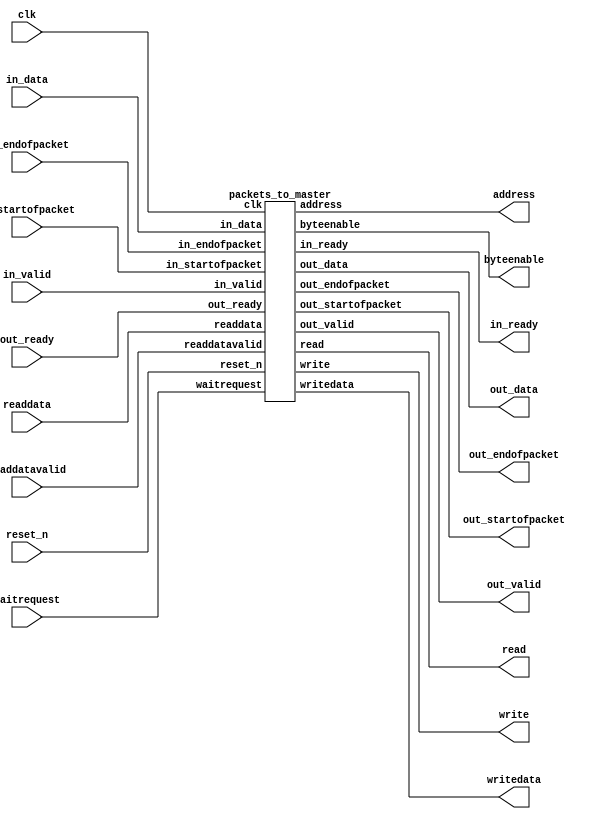
// --------------------------------------------------------------------------------
//| Avalon ST Packets to MM Master Transaction Component
// --------------------------------------------------------------------------------

`timescale 1ns / 100ps
// --------------------------------------------------------------------------------
//| Fast Transaction Master
// --------------------------------------------------------------------------------
module altera_avalon_packets_to_master (
    // Interface: clk
      input wire             clk,
      input wire             reset_n,
      // Interface: ST in
      output wire         in_ready,
      input  wire         in_valid,
      input  wire [ 7: 0] in_data,
      input  wire         in_startofpacket,
      input  wire         in_endofpacket,

      // Interface: ST out 
      input  wire         out_ready,
      output wire         out_valid,
      output wire [ 7: 0] out_data,
      output wire         out_startofpacket,
      output wire         out_endofpacket,

      // Interface: MM out
      output wire [31: 0] address,
      input  wire [31: 0] readdata,
      output wire         read,
      output wire         write,
      output wire [ 3: 0] byteenable,
      output wire [31: 0] writedata,
      input  wire         waitrequest,
      input  wire         readdatavalid
);

    wire [ 35: 0] fifo_readdata;
    wire          fifo_read;
    wire          fifo_empty;
    wire [ 35: 0] fifo_writedata;
    wire          fifo_write;
    wire          fifo_write_waitrequest;
    
   // ---------------------------------------------------------------------
   //| Parameter Declarations
   // ---------------------------------------------------------------------
   parameter EXPORT_MASTER_SIGNALS = 0;
   parameter FIFO_DEPTHS           = 2;
   parameter FIFO_WIDTHU           = 1;
   parameter FAST_VER              = 0;
   
   generate
       if (FAST_VER) begin
            packets_to_fifo p2f (
                .clk                 (clk),
                .reset_n             (reset_n),
                .in_ready            (in_ready),
                .in_valid            (in_valid),
                .in_data             (in_data),
                .in_startofpacket    (in_startofpacket),
                .in_endofpacket      (in_endofpacket),
                .address             (address),
                .readdata            (readdata),
                .read                (read),
                .write               (write),
                .byteenable          (byteenable),
                .writedata           (writedata),
                .waitrequest         (waitrequest),
                .readdatavalid       (readdatavalid),
                .fifo_writedata      (fifo_writedata),
                .fifo_write          (fifo_write),
                .fifo_write_waitrequest (fifo_write_waitrequest)
            );
            
            fifo_to_packet f2p (
                .clk                 (clk),
                .reset_n             (reset_n),
                .out_ready           (out_ready),
                .out_valid           (out_valid),
                .out_data            (out_data),
                .out_startofpacket   (out_startofpacket),
                .out_endofpacket     (out_endofpacket),
                .fifo_readdata       (fifo_readdata),
                .fifo_read           (fifo_read),
                .fifo_empty          (fifo_empty)
            );
            
            fifo_buffer #(
                .FIFO_DEPTHS(FIFO_DEPTHS),
                .FIFO_WIDTHU(FIFO_WIDTHU)
            ) fb (
                .wrclock                          (clk),
                .reset_n                          (reset_n),
                .avalonmm_write_slave_writedata   (fifo_writedata),  
                .avalonmm_write_slave_write       (fifo_write),      
                .avalonmm_write_slave_waitrequest (fifo_write_waitrequest),
                .avalonmm_read_slave_readdata     (fifo_readdata),  
                .avalonmm_read_slave_read         (fifo_read),      
                .avalonmm_read_slave_waitrequest  (fifo_empty)
            );
       end else begin
           packets_to_master p2m (
                .clk                 (clk),
                .reset_n             (reset_n),
                .in_ready            (in_ready),
                .in_valid            (in_valid),
                .in_data             (in_data),
                .in_startofpacket    (in_startofpacket),
                .in_endofpacket      (in_endofpacket),
                .address             (address),
                .readdata            (readdata),
                .read                (read),
                .write               (write),
                .byteenable          (byteenable),
                .writedata           (writedata),
                .waitrequest         (waitrequest),
                .readdatavalid       (readdatavalid),
                .out_ready           (out_ready),
                .out_valid           (out_valid),
                .out_data            (out_data),
                .out_startofpacket   (out_startofpacket),
                .out_endofpacket     (out_endofpacket)
            );
       end
   endgenerate
endmodule

module packets_to_fifo (

      // Interface: clk
      input              clk,
      input              reset_n,
      // Interface: ST in
      output reg         in_ready,
      input              in_valid,
      input      [ 7: 0] in_data,
      input              in_startofpacket,
      input              in_endofpacket,

      // Interface: MM out
      output reg [31: 0] address,
      input      [31: 0] readdata,
      output reg         read,
      output reg         write,
      output reg [ 3: 0] byteenable,
      output reg [31: 0] writedata,
      input              waitrequest,
      input              readdatavalid,
      
      // Interface: FIFO
      // FIFO data format:
      // | sop, eop, [1:0]valid, [31:0]data |
      output reg [ 35: 0] fifo_writedata,
      output reg        fifo_write,
      input wire        fifo_write_waitrequest
);

   // ---------------------------------------------------------------------
   //| Command Declarations
   // ---------------------------------------------------------------------
   localparam CMD_WRITE_NON_INCR = 8'h00;
   localparam CMD_WRITE_INCR     = 8'h04;
   localparam CMD_READ_NON_INCR  = 8'h10;
   localparam CMD_READ_INCR      = 8'h14;
   
   // ---------------------------------------------------------------------
   //| Signal Declarations
   // ---------------------------------------------------------------------

   reg  [ 3: 0]  state;
   reg  [ 7: 0]  command;
   reg  [ 1: 0]  current_byte, byte_avail;
   reg  [ 15: 0] counter;
   reg  [ 31: 0] read_data_buffer;
   reg  [ 31: 0] fifo_data_buffer;
   reg           in_ready_0;
   reg           first_trans, last_trans, fifo_sop;
   reg  [ 3: 0]  unshifted_byteenable;
   wire enable;

   localparam READY           = 4'b0000,
              GET_EXTRA       = 4'b0001,
              GET_SIZE1       = 4'b0010,
              GET_SIZE2       = 4'b0011,
              GET_ADDR1       = 4'b0100,
              GET_ADDR2       = 4'b0101,
              GET_ADDR3       = 4'b0110,
              GET_ADDR4       = 4'b0111,
              GET_WRITE_DATA  = 4'b1000,
              WRITE_WAIT      = 4'b1001,
              READ_ASSERT     = 4'b1010,
              READ_CMD_WAIT   = 4'b1011,
              READ_DATA_WAIT  = 4'b1100,
              PUSH_FIFO       = 4'b1101,
              PUSH_FIFO_WAIT  = 4'b1110,
              FIFO_CMD_WAIT   = 4'b1111;
   // ---------------------------------------------------------------------
   //| Thingofamagick
   // ---------------------------------------------------------------------

   assign enable = (in_ready & in_valid);

   always @* begin
      in_ready = in_ready_0;      
   end
   
   always @(posedge clk or negedge reset_n) begin
      if (!reset_n) begin
            in_ready_0          <= 1'b0;
            fifo_writedata      <=  'b0;
            fifo_write          <= 1'b0;
            fifo_sop            <= 1'b0;
            read                <= 1'b0;
            write               <= 1'b0;
            byteenable          <=  'b0;
            writedata           <=  'b0;
            address             <=  'b0;
            counter             <=  'b0;
            command             <=  'b0;
            first_trans         <= 1'b0;
            last_trans          <= 1'b0;
            state               <=  'b0;
            current_byte        <=  'b0;
            read_data_buffer    <=  'b0;
            unshifted_byteenable <= 'b0;
            byte_avail          <=  'b0;
            fifo_data_buffer    <=  'b0;
      end else begin
            address[1:0]      <= 'b0;
            in_ready_0 <= 1'b0;
            
            if (counter > 3)       unshifted_byteenable <= 4'b1111;
            else if (counter == 3) unshifted_byteenable <= 4'b0111;
            else if (counter == 2) unshifted_byteenable <= 4'b0011;
            else if (counter == 1) unshifted_byteenable <= 4'b0001;

            case (state)
              READY : begin
                   in_ready_0        <= !fifo_write_waitrequest;
                   fifo_write        <= 1'b0;
              end
              GET_EXTRA : begin
                   in_ready_0        <= 1'b1;
                   byteenable        <=  'b0;
                   if (enable) state <= GET_SIZE1;
              end

              GET_SIZE1 : begin
                   in_ready_0        <= 1'b1;
                   //load counter on reads only
                   counter[15:8]     <= command[4]?in_data:8'b0;
                   if (enable) state <= GET_SIZE2;
              end

              GET_SIZE2 : begin
                   in_ready_0        <= 1'b1;
                   //load counter on reads only
                   counter[7:0]      <= command[4]?in_data:8'b0;
                   if (enable) state <= GET_ADDR1;
              end
              
              GET_ADDR1 : begin
                in_ready_0        <= 1'b1;
                first_trans       <= 1'b1;
                last_trans        <= 1'b0;
                address[31:24]    <= in_data;
                if (enable) state <= GET_ADDR2;
              end

              GET_ADDR2 : begin
                in_ready_0        <= 1'b1;
                address[23:16]    <= in_data;
                if (enable) state <= GET_ADDR3;
              end

              GET_ADDR3 : begin
                in_ready_0        <= 1'b1;
                address[15:8]     <= in_data;
                if (enable) state <= GET_ADDR4;
              end

              GET_ADDR4 : begin
                in_ready_0        <= 1'b1;
                address[7:2]      <= in_data[7:2];
                current_byte      <= in_data[1:0];
                if (enable) begin
                      if (command == CMD_WRITE_NON_INCR | command == CMD_WRITE_INCR) begin
                        state <= GET_WRITE_DATA; //writes
                        in_ready_0 <= 1'b1;
                      end
                      else if (command == CMD_READ_NON_INCR | command == CMD_READ_INCR) begin
                        state   <= READ_ASSERT; //reads
                        in_ready_0 <= 1'b0;
                      end
                      else begin
                        //nops
                        //treat all unrecognized commands as nops as well
                        in_ready_0          <= 1'b0;
                        state <= FIFO_CMD_WAIT; 
                        //| sop, eop, [1:0]valid, [31:0]data            |
                        //|  1 ,  1 ,  2'b11  ,{counter,reserved_byte}|
                        fifo_writedata[7:0] <= (8'h80 | command);
                        fifo_writedata[35:8]<= {4'b1111,counter[7:0],counter[15:8],8'b0};
                        fifo_write          <= 1'b1;    
                        counter             <= 0;
                      end
                end
              end

              GET_WRITE_DATA : begin
                        in_ready_0 <= 1'b1; 
                        if (enable) begin
                          counter <= counter + 1'b1;
                          //2 bit, should wrap by itself
                          current_byte <= current_byte + 1'b1;
                          if (in_endofpacket || current_byte == 3) 
                          begin
                             in_ready_0 <= 1'b0;
                             write      <= 1'b1;
                             state      <= WRITE_WAIT;
                          end
                        end
                        if (in_endofpacket) begin
                          last_trans <= 1'b1;
                        end
                        // handle byte writes properly
                        // drive data pins based on addresses
                        case (current_byte)
                          0: begin
                            writedata[7:0]   <= in_data;
                            byteenable[0]    <= 1'b1;
                          end
                          1: begin
                            writedata[15:8]  <= in_data;
                            byteenable[1]    <= 1'b1;
                          end
                          2: begin
                            writedata[23:16] <= in_data;
                            byteenable[2]    <= 1'b1;
                          end
                          3: begin
                            writedata[31:24] <= in_data;
                            byteenable[3]    <= 1'b1;
                          end
                        endcase
              end
              WRITE_WAIT : begin
                        in_ready_0 <= 1'b0;
                        write      <= 1'b1;
                        if (~waitrequest) begin
                           write <= 1'b0;
                           state <= GET_WRITE_DATA;
                           in_ready_0 <= 1'b1;
                           byteenable <= 'b0;
                           if (command[2] == 1'b1) begin
                              //increment address, but word-align it
                              address[31:2] <= (address[31:2] + 1'b1);
                           end
                           if (last_trans) begin
                               in_ready_0         <= 1'b0;
                               state <= FIFO_CMD_WAIT;
                               //| sop, eop, [1:0]valid, [31:0]data            |
                               //|  1 ,  1 ,  2'b11  ,{counter,reserved_byte}|
                               fifo_writedata[7:0] <= (8'h80 | command);
                               fifo_writedata[35:8]<= {4'b1111,counter[7:0],counter[15:8],8'b0};
                               fifo_write          <= 1'b1;
                               counter             <= 0;
                           end
                        end
              end
              READ_ASSERT : begin
                            if (current_byte == 3) byteenable <= unshifted_byteenable << 3;
                            if (current_byte == 2) byteenable <= unshifted_byteenable << 2;
                            if (current_byte == 1) byteenable <= unshifted_byteenable << 1;
                            if (current_byte == 0) byteenable <= unshifted_byteenable;
                            read             <= 1'b1;
                            fifo_write       <= 1'b0;
                            state            <= READ_CMD_WAIT;
              end
              READ_CMD_WAIT : begin
                        // number of valid byte
                        case (byteenable)
                            4'b0000 : byte_avail <= 1'b0;
                            4'b0001 : byte_avail <= 1'b0;
                            4'b0010 : byte_avail <= 1'b0;
                            4'b0100 : byte_avail <= 1'b0;
                            4'b1000 : byte_avail <= 1'b0;
                            4'b0011 : byte_avail <= 1'b1;
                            4'b0110 : byte_avail <= 1'b1;
                            4'b1100 : byte_avail <= 1'b1;
                            4'b0111 : byte_avail <= 2'h2;
                            4'b1110 : byte_avail <= 2'h2;
                            default : byte_avail <= 2'h3;
                        endcase
                        read_data_buffer <= readdata;
                        read             <= 1; 
                        // if readdatavalid, take the data and 
                        // go directly to READ_SEND_ISSUE.  This is for fixed
                        // latency slaves. Ignore waitrequest in this case,
                        // since this master does not issue pipelined reads.
                        //
                        // For variable latency slaves, once waitrequest is low
                        // the read command is accepted, so deassert read and
                        // go to READ_DATA_WAIT to wait for readdatavalid 
                        if (readdatavalid) begin
                           state <= PUSH_FIFO;
                           read <= 0;
                        end else begin
                           if (~waitrequest) begin
                               state <= READ_DATA_WAIT;
                               read <= 0;
                           end
                        end
              end
              READ_DATA_WAIT : begin
                        read_data_buffer <= readdata;
                        if (readdatavalid) begin
                            state <= PUSH_FIFO;
                        end
              end              
              PUSH_FIFO : begin
                        fifo_write <= 1'b0;
                        fifo_sop   <= 1'b0;
                        if (first_trans) begin
                            first_trans <= 1'b0;
                            fifo_sop    <= 1'b1;
                        end
                        case (current_byte)
                            3 : begin
                                fifo_data_buffer <= read_data_buffer >> 24;
                                counter <= counter - 1'b1;
                            end
                            2 : begin
                                fifo_data_buffer <= read_data_buffer >> 16;
                                if (counter == 1) counter <= 0;
                                else counter <= counter - 2'h2;
                            end
                            1 : begin
                                fifo_data_buffer <= read_data_buffer >> 8;
                                if (counter < 3) counter <= 0;
                                else counter <= counter - 2'h3;
                            end
                            default : begin
                                fifo_data_buffer <= read_data_buffer;
                                if (counter < 4) counter <= 0;
                                else counter <= counter - 3'h4;
                            end
                        endcase
                        current_byte <= 0;
                        state <= PUSH_FIFO_WAIT;
              end
              PUSH_FIFO_WAIT : begin
                            // pushd return packet with data
                            fifo_write     <= 1'b1;
                            fifo_writedata <= {fifo_sop,(counter == 0)?1'b1:1'b0,byte_avail,fifo_data_buffer};
                            // count down on the number of bytes to read
                            // shift current byte location within word
                            // if increment address, add it, so the next read
                            // can use it, if more reads are required
                            
                            // no more bytes to send - go to READY state
                            if (counter == 0) begin
                                state <= FIFO_CMD_WAIT;
                            end else if (command[2]== 1'b1) begin
                                    //increment address, but word-align it
                                    state <= FIFO_CMD_WAIT;
                                    address[31:2] <= (address[31:2] + 1'b1);
                            end
              end
              FIFO_CMD_WAIT : begin
                        // back pressure if fifo_write_waitrequest
                        if (!fifo_write_waitrequest) begin
                            if (counter == 0) begin
                                state       <= READY;
                            end else begin
                                state <= READ_ASSERT;
                            end
                            fifo_write  <= 1'b0;
                        end
              end
           endcase
           if (enable & in_startofpacket) begin
              state      <= GET_EXTRA;
              command    <= in_data;
              in_ready_0 <= !fifo_write_waitrequest;
           end
      end  // end else
   end  // end always block
endmodule

// --------------------------------------------------------------------------------
// FIFO buffer
// --------------------------------------------------------------------------------
// turn off superfluous verilog processor warnings 
// altera message_level Level1 
// altera message_off 10034 10035 10036 10037 10230 10240 10030 

module fifo_buffer_single_clock_fifo (
                                                   // inputs:
                                                    aclr,
                                                    clock,
                                                    data,
                                                    rdreq,
                                                    wrreq,

                                                   // outputs:
                                                    empty,
                                                    full,
                                                    q
                                                 )
;

  parameter FIFO_DEPTHS = 2;
  parameter FIFO_WIDTHU = 1;

  output           empty;
  output           full;
  output  [ 35: 0] q;
  input            aclr;
  input            clock;
  input   [ 35: 0] data;
  input            rdreq;
  input            wrreq;

  wire             empty;
  wire             full;
  wire    [ 35: 0] q;
  scfifo single_clock_fifo
    (
      .aclr (aclr),
      .clock (clock),
      .data (data),
      .empty (empty),
      .full (full),
      .q (q),
      .rdreq (rdreq),
      .wrreq (wrreq)
    );

  defparam single_clock_fifo.add_ram_output_register = "OFF",
           single_clock_fifo.lpm_numwords = FIFO_DEPTHS,
           single_clock_fifo.lpm_showahead = "OFF",
           single_clock_fifo.lpm_type = "scfifo",
           single_clock_fifo.lpm_width = 36,
           single_clock_fifo.lpm_widthu = FIFO_WIDTHU,
           single_clock_fifo.overflow_checking = "ON",
           single_clock_fifo.underflow_checking = "ON",
           single_clock_fifo.use_eab = "OFF";


endmodule



// turn off superfluous verilog processor warnings 
// altera message_level Level1 
// altera message_off 10034 10035 10036 10037 10230 10240 10030 

module fifo_buffer_scfifo_with_controls (
                                                      // inputs:
                                                       clock,
                                                       data,
                                                       rdreq,
                                                       reset_n,
                                                       wrreq,

                                                      // outputs:
                                                       empty,
                                                       full,
                                                       q
                                                    )
;

  parameter FIFO_DEPTHS = 2;
  parameter FIFO_WIDTHU = 1;
  
  output           empty;
  output           full;
  output  [ 35: 0] q;
  input            clock;
  input   [ 35: 0] data;
  input            rdreq;
  input            reset_n;
  input            wrreq;

  wire             empty;
  wire             full;
  wire    [ 35: 0] q;
  wire             wrreq_valid;
  //the_scfifo, which is an e_instance
  fifo_buffer_single_clock_fifo #(
            .FIFO_DEPTHS(FIFO_DEPTHS),
            .FIFO_WIDTHU(FIFO_WIDTHU)
  ) the_scfifo (
      .aclr  (~reset_n),
      .clock (clock),
      .data  (data),
      .empty (empty),
      .full  (full),
      .q     (q),
      .rdreq (rdreq),
      .wrreq (wrreq_valid)
    );

  assign wrreq_valid = wrreq & ~full;

endmodule

// turn off superfluous verilog processor warnings 
// altera message_level Level1 
// altera message_off 10034 10035 10036 10037 10230 10240 10030 

module fifo_buffer (
                                 // inputs:
                                  avalonmm_read_slave_read,
                                  avalonmm_write_slave_write,
                                  avalonmm_write_slave_writedata,
                                  reset_n,
                                  wrclock,

                                 // outputs:
                                  avalonmm_read_slave_readdata,
                                  avalonmm_read_slave_waitrequest,
                                  avalonmm_write_slave_waitrequest
                               )
;

  parameter FIFO_DEPTHS = 2;
  parameter FIFO_WIDTHU = 1;


  output  [ 35: 0] avalonmm_read_slave_readdata;
  output           avalonmm_read_slave_waitrequest;
  output           avalonmm_write_slave_waitrequest;
  input            avalonmm_read_slave_read;
  input            avalonmm_write_slave_write;
  input   [ 35: 0] avalonmm_write_slave_writedata;
  input            reset_n;
  input            wrclock;

  wire    [ 35: 0] avalonmm_read_slave_readdata;
  wire             avalonmm_read_slave_waitrequest;
  wire             avalonmm_write_slave_waitrequest;
  wire             clock;
  wire    [ 35: 0] data;
  wire             empty;
  wire             full;
  wire    [ 35: 0] q;
  wire             rdreq;
  wire             wrreq;
  //the_scfifo_with_controls, which is an e_instance
  fifo_buffer_scfifo_with_controls #(
      .FIFO_DEPTHS(FIFO_DEPTHS),
      .FIFO_WIDTHU(FIFO_WIDTHU)
  ) the_scfifo_with_controls
    (
      .clock   (clock),
      .data    (data),
      .empty   (empty),
      .full    (full),
      .q       (q),
      .rdreq   (rdreq),
      .reset_n (reset_n),
      .wrreq   (wrreq)
    );

  //in, which is an e_avalon_slave
  //out, which is an e_avalon_slave
  assign data = avalonmm_write_slave_writedata;
  assign wrreq = avalonmm_write_slave_write;
  assign avalonmm_read_slave_readdata = q;
  assign rdreq = avalonmm_read_slave_read;
  assign clock = wrclock;
  assign avalonmm_write_slave_waitrequest = full;
  assign avalonmm_read_slave_waitrequest = empty;

endmodule

// --------------------------------------------------------------------------------
// fifo_buffer to Avalon-ST interface
// --------------------------------------------------------------------------------

module fifo_to_packet (

      // Interface: clk
      input              clk,
      input              reset_n,

      // Interface: ST out
      input              out_ready,
      output reg         out_valid,
      output reg [ 7: 0] out_data,
      output reg         out_startofpacket,
      output reg         out_endofpacket,

      // Interface: FIFO in
      input  [ 35: 0]    fifo_readdata,
      output reg         fifo_read,
      input              fifo_empty 
);

reg [ 1: 0]     state;
reg             enable, sent_all;
reg [ 1: 0]     current_byte, byte_end;
reg             first_trans, last_trans;
reg [ 23:0]     fifo_data_buffer;

localparam    POP_FIFO        = 2'b00,
              POP_FIFO_WAIT   = 2'b01,
              FIFO_DATA_WAIT  = 2'b10,
              READ_SEND_ISSUE = 2'b11;

always @* begin
      enable = (!fifo_empty & sent_all);
end
          
always @(posedge clk or negedge reset_n) begin
          if (!reset_n) begin
                fifo_data_buffer  <=  'b0;
                out_startofpacket <= 1'b0;
                out_endofpacket   <= 1'b0;
                out_valid         <= 1'b0;
                out_data          <=  'b0;
                state             <=  'b0;
                fifo_read         <= 1'b0;
                current_byte      <=  'b0;
                byte_end          <=  'b0;
                first_trans       <= 1'b0;
                last_trans        <= 1'b0;
                sent_all          <= 1'b1;
          end else begin
                if (out_ready) begin
                  out_startofpacket <= 1'b0;
                  out_endofpacket   <= 1'b0;
                end
                
                case (state)
                  POP_FIFO : begin
                            if (out_ready) begin
                                out_startofpacket   <= 1'b0;
                                out_endofpacket     <= 1'b0;
                                out_valid           <= 1'b0;
                                first_trans         <= 1'b0;
                                last_trans          <= 1'b0;
                                byte_end            <=  'b0;
                                fifo_read           <= 1'b0;
                                sent_all            <= 1'b1;
                            end
                            // start poping fifo after all data sent and data available
                            if (enable) begin   
                                fifo_read       <= 1'b1;
                                out_valid       <= 1'b0;
                                state           <= POP_FIFO_WAIT;
                            end
                  end
                  POP_FIFO_WAIT : begin
                  //fifo latency of 1
                                fifo_read               <= 1'b0;
                                state                   <= FIFO_DATA_WAIT;
                  end
                  FIFO_DATA_WAIT : begin
                                sent_all                <= 1'b0;
                                first_trans             <= fifo_readdata[35];
                                last_trans              <= fifo_readdata[34];
                                out_data                <= fifo_readdata[7:0];
                                fifo_data_buffer        <= fifo_readdata[31:8];
                                byte_end                <= fifo_readdata[33:32];
                                current_byte            <= 1'b1;
                                out_valid               <= 1'b1;
                                
                                // first byte sop eop handling
                                if (fifo_readdata[35] & fifo_readdata[34] & (fifo_readdata[33:32] == 0)) begin
                                    first_trans         <= 1'b0;
                                    last_trans          <= 1'b0;
                                    out_startofpacket   <= 1'b1;
                                    out_endofpacket     <= 1'b1;
                                    state <= POP_FIFO;
                                end else if (fifo_readdata[35] & (fifo_readdata[33:32] == 0)) begin
                                    first_trans         <= 1'b0;
                                    out_startofpacket   <= 1'b1;
                                    state               <= POP_FIFO;
                                end else if (fifo_readdata[35]) begin
                                   first_trans          <= 1'b0;
                                   out_startofpacket    <= 1'b1;
                                   state <= READ_SEND_ISSUE;
                                end else if (fifo_readdata[34] & (fifo_readdata[33:32] == 0)) begin
                                    last_trans          <= 1'b0;
                                    out_endofpacket     <= 1'b1;
                                    state               <= POP_FIFO;
                                end else begin
                                    state               <= READ_SEND_ISSUE;
                                end
                                
                  end
                  READ_SEND_ISSUE : begin
                            out_valid         <= 1'b1;
                            sent_all          <= 1'b0;
                            
                            if (out_ready) begin
                                out_startofpacket <= 1'b0;
                                // last byte
                                if (last_trans & (current_byte == byte_end)) begin
                                        last_trans      <= 1'b0;
                                        out_endofpacket <= 1'b1;
                                        state           <= POP_FIFO;
                                end
                                case (current_byte)
                                       3: begin
                                          out_data <= fifo_data_buffer[23:16];
                                       end
                                       2: begin
                                          out_data <= fifo_data_buffer[15:8];
                                       end
                                       1: begin
                                          out_data <= fifo_data_buffer[7:0];
                                       end
                                       default: begin
                                          //out_data        <= fifo_readdata[7:0];
                                       end
                                endcase
                                current_byte <= current_byte + 1'b1;
                                if (current_byte == byte_end) begin
                                    state <= POP_FIFO;
                                end else begin
                                    state <= READ_SEND_ISSUE;
                                end
                            end
                  end
                endcase
          end
    end
endmodule

// --------------------------------------------------------------------------------
//| Economy Transaction Master
// --------------------------------------------------------------------------------
module packets_to_master (

      // Interface: clk
      input              clk,
      input              reset_n,
      // Interface: ST in
      output reg         in_ready,
      input              in_valid,
      input      [ 7: 0] in_data,
      input              in_startofpacket,
      input              in_endofpacket,

      // Interface: ST out 
      input              out_ready,
      output reg         out_valid,
      output reg [ 7: 0] out_data,
      output reg         out_startofpacket,
      output reg         out_endofpacket,

      // Interface: MM out
      output reg [31: 0] address,
      input      [31: 0] readdata,
      output reg         read,
      output reg         write,
      output reg [ 3: 0] byteenable,
      output reg [31: 0] writedata,
      input              waitrequest,
      input              readdatavalid
      
);

   // ---------------------------------------------------------------------
   //| Parameter Declarations
   // ---------------------------------------------------------------------
   parameter EXPORT_MASTER_SIGNALS = 0;

   // ---------------------------------------------------------------------
   //| Command Declarations
   // ---------------------------------------------------------------------
   localparam CMD_WRITE_NON_INCR = 8'h00;
   localparam CMD_WRITE_INCR     = 8'h04;
   localparam CMD_READ_NON_INCR  = 8'h10;
   localparam CMD_READ_INCR      = 8'h14;
   
   // ---------------------------------------------------------------------
   //| Signal Declarations
   // ---------------------------------------------------------------------

   reg  [ 3: 0]  state;
   reg  [ 7: 0]  command;
   reg  [ 1: 0]  current_byte; //, result_byte;
   reg  [ 15: 0] counter;
   reg  [ 23: 0] read_data_buffer;
   reg           in_ready_0;
   reg           first_trans, last_trans;
   reg  [ 3: 0]  unshifted_byteenable;
   wire enable;

   localparam READY          = 4'b0000, 
              GET_EXTRA      = 4'b0001,
              GET_SIZE1      = 4'b0010,
              GET_SIZE2      = 4'b0011,
              GET_ADDR1      = 4'b0100,
              GET_ADDR2      = 4'b0101,
              GET_ADDR3      = 4'b0110,
              GET_ADDR4      = 4'b0111,
              GET_WRITE_DATA = 4'b1000,      
              WRITE_WAIT     = 4'b1001,
              RETURN_PACKET  = 4'b1010,
              READ_ASSERT    = 4'b1011,
              READ_CMD_WAIT  = 4'b1100,
              READ_DATA_WAIT = 4'b1101,
              READ_SEND_ISSUE= 4'b1110,
              READ_SEND_WAIT = 4'b1111;
   
   
   // ---------------------------------------------------------------------
   //| Thingofamagick
   // ---------------------------------------------------------------------

   assign enable = (in_ready & in_valid);

   always @*
//      in_ready = in_ready_0 & out_ready;
      in_ready = in_ready_0;
   
   always @(posedge clk or negedge reset_n) begin
      if (!reset_n) begin
            in_ready_0        <= 1'b0;
            out_startofpacket <= 1'b0;
            out_endofpacket   <= 1'b0;
            out_valid         <= 1'b0;
            out_data          <=  'b0;
            read              <= 1'b0;
            write             <= 1'b0;
            byteenable        <=  'b0;
            writedata         <=  'b0;
            address           <=  'b0;
            counter           <=  'b0;
            command           <=  'b0;
            first_trans       <= 1'b0;
            last_trans        <= 1'b0;
            state             <= 'b0;
            current_byte      <= 'b0;
          //  result_byte       <= 'b0;
            read_data_buffer  <= 'b0;
            unshifted_byteenable <= 'b0;
      end else begin
            address[1:0]      <= 'b0;
 
            if (out_ready) begin
              out_startofpacket <= 1'b0;
              out_endofpacket   <= 1'b0;
              out_valid         <= 1'b0;
            end
            in_ready_0 <= 1'b0;
            
            if (counter >= 3)      unshifted_byteenable <= 4'b1111;
            else if (counter == 3) unshifted_byteenable <= 4'b0111;
            else if (counter == 2) unshifted_byteenable <= 4'b0011;
            else if (counter == 1) unshifted_byteenable <= 4'b0001;

            case (state)
              READY : begin
                   out_valid         <= 1'b0;
                   in_ready_0        <= 1'b1;
              end
              GET_EXTRA : begin
                   in_ready_0        <= 1'b1;
                   byteenable        <=  'b0;
                   if (enable) state <= GET_SIZE1;
              end

              GET_SIZE1 : begin
                   in_ready_0        <= 1'b1;
                   //load counter on reads only
                   counter[15:8]     <= command[4]?in_data:8'b0;
                   if (enable) state <= GET_SIZE2;
              end

              GET_SIZE2 : begin
                   in_ready_0        <= 1'b1;
                   //load counter on reads only
                   counter[7:0]      <= command[4]?in_data:8'b0;
                   if (enable) state <= GET_ADDR1;
              end
              
              GET_ADDR1 : begin
                in_ready_0        <= 1'b1;
                first_trans       <= 1'b1;
                last_trans        <= 1'b0;
                address[31:24]    <= in_data;
                if (enable) state <= GET_ADDR2;
              end

              GET_ADDR2 : begin
                in_ready_0        <= 1'b1;
                address[23:16]    <= in_data;
                if (enable) state <= GET_ADDR3;
              end

              GET_ADDR3 : begin
                in_ready_0        <= 1'b1;
                address[15:8]     <= in_data;
                if (enable) state <= GET_ADDR4;
              end

              GET_ADDR4 : begin
                in_ready_0        <= 1'b1;
                address[7:2]      <= in_data[7:2];
                current_byte      <= in_data[1:0];
                if (enable) begin
                      if (command == CMD_WRITE_NON_INCR | command == CMD_WRITE_INCR) begin
                        state <= GET_WRITE_DATA; //writes
                        in_ready_0 <= 1'b1;
                      end
                      else if (command == CMD_READ_NON_INCR | command == CMD_READ_INCR) begin
                        state   <= READ_ASSERT; //reads
                        in_ready_0 <= 1'b0;
                      end
                      else begin
                        //nops
                        //treat all unrecognized commands as nops as well
                        state <= RETURN_PACKET; 
                        out_startofpacket <= 1'b1;
                        out_data <= (8'h80 | command);
                        out_valid <= 1'b1;
                        current_byte <= 'h0;
                        in_ready_0 <= 1'b0;
                      end
                end
              end

              GET_WRITE_DATA : begin
                        in_ready_0 <= 1; 
                        if (enable) begin
                          counter <= counter + 1'b1;
                          //2 bit, should wrap by itself
                          current_byte <= current_byte + 1'b1;
                          if (in_endofpacket || current_byte == 3) 
                          begin
                             in_ready_0 <= 0;
                             write      <= 1'b1;
                             state      <= WRITE_WAIT;
                          end
                        end
                        if (in_endofpacket) begin
                          last_trans <= 1'b1;
                        end
                        // handle byte writes properly
                        // drive data pins based on addresses
                        case (current_byte)
                          0: begin
                            writedata[7:0]   <= in_data;
                            byteenable[0]    <= 1;
                          end
                          1: begin
                            writedata[15:8]  <= in_data;
                            byteenable[1]    <= 1;
                          end
                          2: begin
                            writedata[23:16] <= in_data;
                            byteenable[2]    <= 1;
                          end
                          3: begin
                            writedata[31:24] <= in_data;
                            byteenable[3]    <= 1;
                          end
                        endcase
              end

              WRITE_WAIT : begin
                        in_ready_0 <= 0;
                        write      <= 1'b1;
                        if (~waitrequest) begin
                           write <= 1'b0;
                           state <= GET_WRITE_DATA;
                           in_ready_0 <= 1;
                           byteenable <= 'b0;
                           if (command[2] == 1'b1) begin
                              //increment address, but word-align it
                              address[31:2] <= (address[31:2] + 1'b1);
                           end
                           if (last_trans) begin
                              state <= RETURN_PACKET;
                              out_startofpacket <= 1'b1;
                              out_data <= (8'h80 | command);
                              out_valid <= 1'b1;
                              current_byte <= 'h0;
                              in_ready_0 <= 1'b0;
                           end
                        end
              end
              
              RETURN_PACKET : begin
                        out_valid <= 1'b1;
                        if (out_ready) begin
                           case (current_byte)
                          //   0: begin
                          //     out_startofpacket <= 1'b1;
                          //     out_data <= (8'h80 | command);
                          //   end
                             0: begin
                               out_data <= 8'b0;
                             end
                             1: begin
                               out_data <= counter[15:8];
                             end
                             2: begin
                               out_endofpacket <= 1'b1;
                               out_data <= counter[7:0];
                             end
                             default: begin
                          //     out_data <= 8'b0;
                          //     out_startofpacket <= 1'b0;
                          //     out_endofpacket <= 1'b0;
                             end
                           endcase
                           current_byte <= current_byte + 1'b1;
                           if (current_byte == 3) begin
                              state     <= READY;
                              out_valid <= 1'b0;
                           end
                           else                   state     <= RETURN_PACKET;
                        end
              end
              READ_ASSERT : begin
                        if (current_byte == 3) byteenable <= unshifted_byteenable << 3;
                        if (current_byte == 2) byteenable <= unshifted_byteenable << 2;
                        if (current_byte == 1) byteenable <= unshifted_byteenable << 1;
                        if (current_byte == 0) byteenable <= unshifted_byteenable;
//                        byteenable <= unshifted_byteenable << current_byte;
                        read             <= 1;
                        state            <= READ_CMD_WAIT;
              end
              READ_CMD_WAIT : begin
                        read_data_buffer <= readdata[31:8];
                        out_data         <= readdata[7:0];
                        read             <= 1; 
                        // if readdatavalid, take the data and 
                        // go directly to READ_SEND_ISSUE.  This is for fixed
                        // latency slaves. Ignore waitrequest in this case,
                        // since this master does not issue pipelined reads.
                        //
                        // For variable latency slaves, once waitrequest is low
                        // the read command is accepted, so deassert read and
                        // go to READ_DATA_WAIT to wait for readdatavalid 
                        if (readdatavalid) begin
                           state <= READ_SEND_ISSUE;
                           read <= 0;
                        end else begin
                           if (~waitrequest) begin
                               state <= READ_DATA_WAIT;
                               read <= 0;
                           end
                        end
              end
              READ_DATA_WAIT : begin
                        read_data_buffer <= readdata[31:8];
                        out_data         <= readdata[7:0];
                        if (readdatavalid) begin
                            state <= READ_SEND_ISSUE;
                        end
              end
              READ_SEND_ISSUE : begin
                        out_valid <= 1'b1;
                        out_startofpacket <= 'h0;
                        out_endofpacket   <= 'h0;
                        if (counter == 1) begin
                           out_endofpacket <= 1'b1;
                        end 
                        if (first_trans) begin
                           first_trans <= 1'b0;
                           out_startofpacket <= 1'b1;
                        end
                        case (current_byte)
                          3: begin
                             out_data        <= read_data_buffer[23:16];
                          end
                          2: begin
                             out_data        <= read_data_buffer[15:8];
                          end
                          1: begin
                             out_data        <= read_data_buffer[7:0];
                          end
                          default: begin
                             out_data        <= out_data; 
                          end
                        endcase
                        state <= READ_SEND_WAIT;
              end
              READ_SEND_WAIT : begin
                        out_valid <= 1'b1;
                        if (out_ready) begin
                           counter <= counter - 1'b1;
                           current_byte <= current_byte + 1'b1;
                           out_valid <= 1'b0;
                           // count down on the number of bytes to read
                           // shift current byte location within word
                           // if increment address, add it, so the next read
                           // can use it, if more reads are required
                           
                           // no more bytes to send - go to READY state
                           if (counter == 1) begin
                              state <= READY;
                           // end of current word, but we have more bytes to
                           // read - go back to READ_ASSERT
                           end else if (current_byte == 3) begin
                              if (command[2] == 1'b1) begin
                                 //increment address, but word-align it
                                 address[31:2] <= (address[31:2] + 1'b1);
                              end
                              state <= READ_ASSERT;
                           // continue sending current word
                           end else begin
                              state <= READ_SEND_ISSUE;
                           end
                           //maybe add in_ready_0 here so we are ready to go
                           //right away
                        end 
              end
           endcase
           if (enable & in_startofpacket) begin
              state <= GET_EXTRA;
              command           <= in_data;
              in_ready_0 <= 1'b1;
           end
      end  // end else
   end  // end always block
endmodule